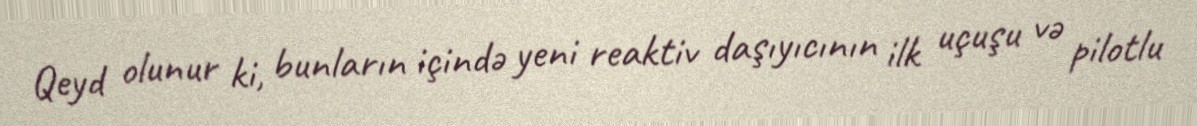
Qeyd olunur ki, bunların içində yeni reaktiv daşıyıcının ilk uçuşu və pilotlu